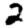
Digit: 2